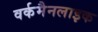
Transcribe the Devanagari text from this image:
वर्कमैनलाइक